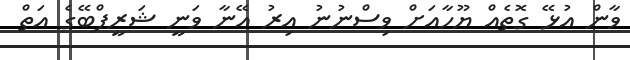
ވާން އުޅޭ ގޮތެއް ޔޫހާއަށް ވިސްނުނު އިރު އޭނާ ވަނީ ޝަރީފްބޭގެ އަތް